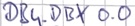
Text: DB4.DBX 0.0